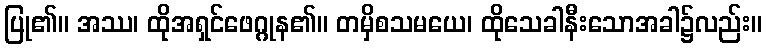
ပြု၏။ အဿ၊ ထိုအရှင်ဖေဂ္ဂုန၏။ တမှိစသမယေ၊ ထိုသေခါနီးသောအခါ၌လည်း။